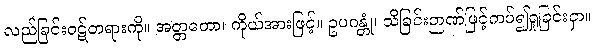
လည်ခြင်းဝဋ်တရားကို။ အတ္တတော၊ ကိုယ်အားဖြင့်။ ဥပဂန္တုံ၊ သိခြင်းဉာဏ်ဖြင့်ကပ်၍ရှုခြင်းငှာ။